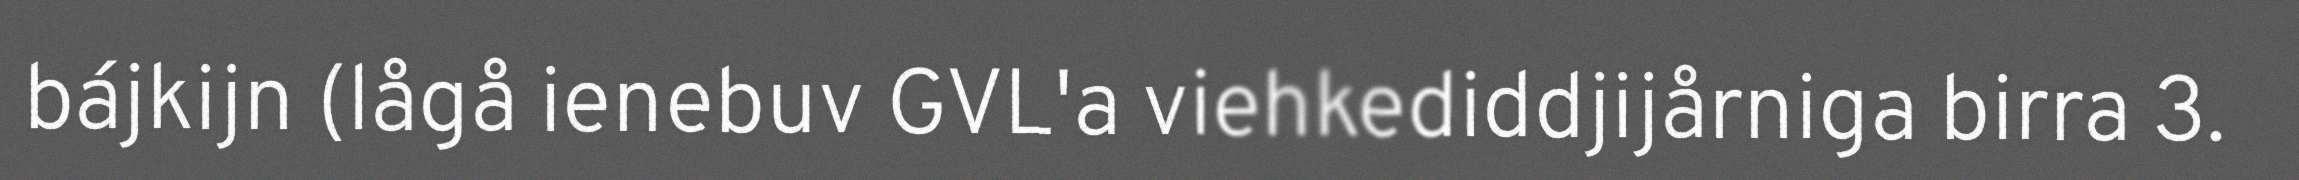
bájkijn (lågå ienebuv GVL'a viehkediddjijårniga birra 3.